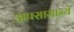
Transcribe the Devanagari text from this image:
अपसामान्ये